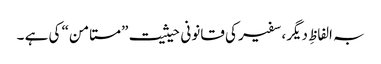
بہ الفاظِ دیگر، سفیر کی قانونی حیثیت ”مستامن“ کی ہے ۔